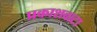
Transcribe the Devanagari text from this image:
प्रकाशवाटा